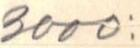
3000: